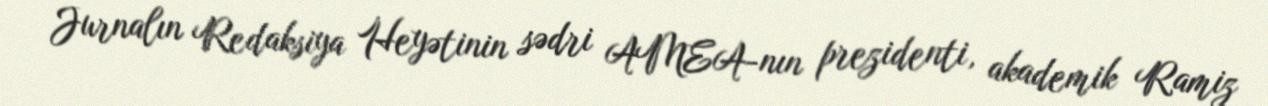
Jurnalın Redaksiya Heyətinin sədri AMEA-nın prezidenti, akademik Ramiz